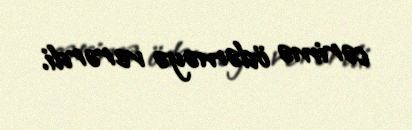
cərimə ödəməyə verərdi.